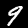
Label: 9